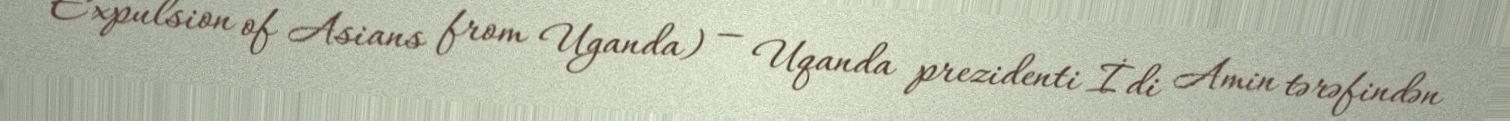
Expulsion of Asians from Uganda) — Uqanda prezidenti İdi Amin tərəfindən